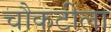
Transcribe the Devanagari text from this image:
चौकटीला